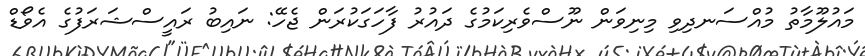
މައުލޫމާތު މުއްސަނދިވި މިނިވަން ނޫސްވެރިކަމުގެ ދައުރު ފާހަގަކުރަން ޖެހޭ: ނައިބު ރައީސްޝަރަފުގެ އެވޯޑް